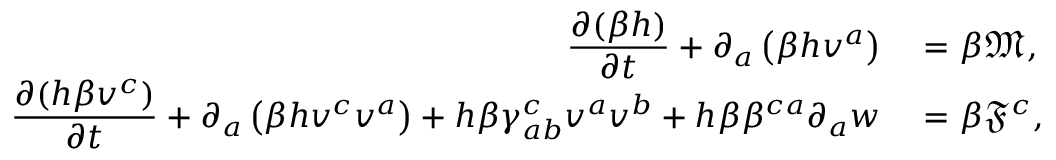
\begin{array} { r l } { \displaystyle \frac { \partial ( \beta h ) } { \partial t } + \partial _ { a } \left( \beta h v ^ { a } \right) } & { { } = \beta \mathfrak { M } , } \\ { \displaystyle \frac { \partial ( h \beta v ^ { c } ) } { \partial t } + \partial _ { a } \left( \beta h v ^ { c } v ^ { a } \right) + h \beta \gamma _ { a b } ^ { c } v ^ { a } v ^ { b } + h \beta \beta ^ { c a } \partial _ { a } { w } } & { { } = \beta \mathfrak { F } ^ { c } , } \end{array}